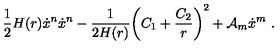
\frac { 1 } { 2 } H ( r ) \dot { x } ^ { n } \dot { x } ^ { n } - \frac { 1 } { 2 H ( r ) } \biggl ( C _ { 1 } + \frac { C _ { 2 } } { r } \biggr ) ^ { 2 } + { \cal A } _ { m } \dot { x } ^ { m } \ .